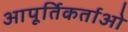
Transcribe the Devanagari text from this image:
आपूर्तिकर्ताओ